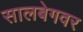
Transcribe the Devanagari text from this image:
सालबेगवर